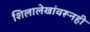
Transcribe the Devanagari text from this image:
शिलालेखांवरूनही